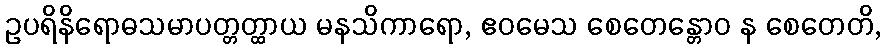
ဥပရိနိရောဓသမာပတ္တတ္ထာယ မနသိကာရော, ဧဝမေသ စေတေန္တောဝ န စေတေတိ,